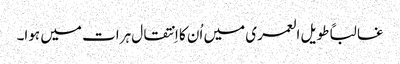
غالباً طویل العمری میں اُن کا اِنتقال ہرات میں ہوا۔